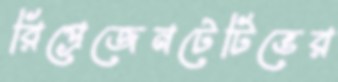
রিপ্রেজেনটেটিভের